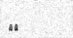
١٤